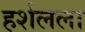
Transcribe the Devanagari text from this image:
हर्शलला